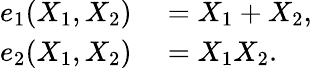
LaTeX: \begin{array}{rl}{e_{1}(X_{1},X_{2})}&{{}=X_{1}+X_{2},}\\ {e_{2}(X_{1},X_{2})}&{{}=X_{1}X_{2}.\, }\end{array}